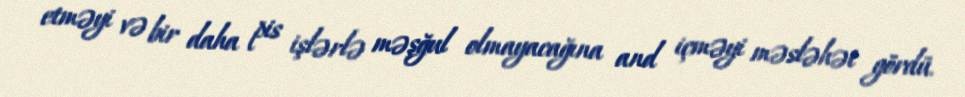
etməyi və bir daha pis işlərlə məşğul olmayacağına and içməyi məsləhət gördü.